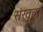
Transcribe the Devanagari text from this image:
संखुवा